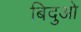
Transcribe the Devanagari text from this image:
बिदुओ